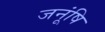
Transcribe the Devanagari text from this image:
जनूंषि